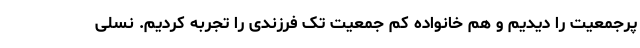
پرجمعیت را دیدیم و هم خانواده کم جمعیت تک فرزندی را تجربه کردیم. نسلی